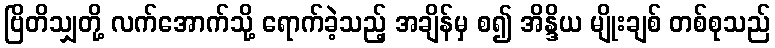
ဗြိတိသျှတို့ လက်အောက်သို့ ရောက်ခဲ့သည့် အချိန်မှ စ၍ အိန္ဒိယ မျိုးချစ် တစ်စုသည်